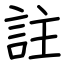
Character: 註